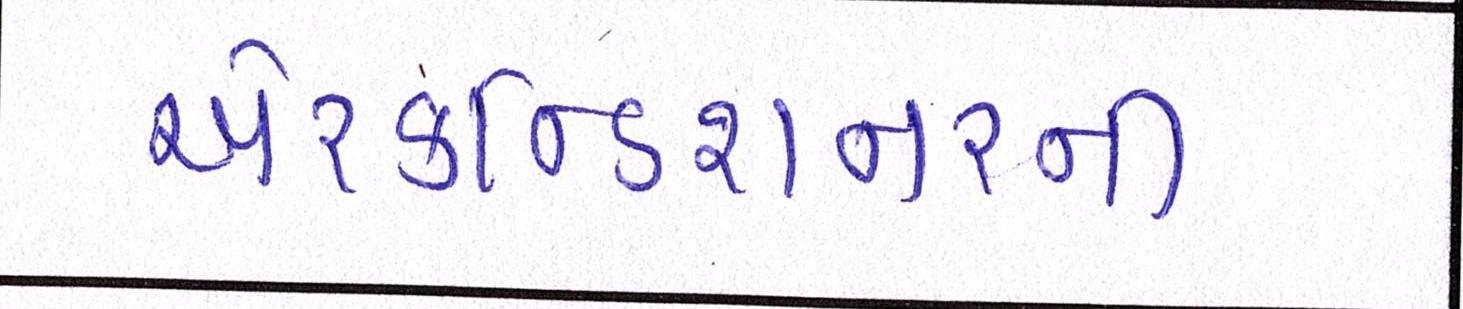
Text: એરકન્ડિશનરની